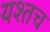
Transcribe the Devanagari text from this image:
यश्तच